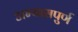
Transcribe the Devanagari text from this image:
अभ्यासपुर्ण